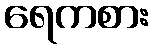
ရေကစား